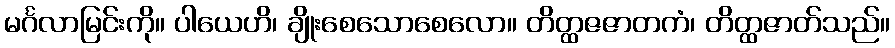
မင်္ဂလာမြင်းကို။ ပါယေဟိ၊ ချိုးစေသောစေလော။ တိတ္ထဇဇာတကံ၊ တိတ္ထဇာတ်သည်။